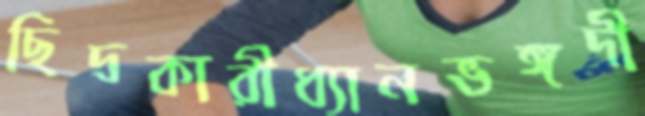
ছিদ্রকারীধ্যানভঙ্গদী